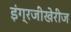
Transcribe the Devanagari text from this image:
इंग्रजीखेरीज